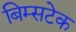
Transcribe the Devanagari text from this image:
बिम्सटेक